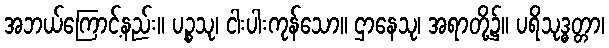
အဘယ်ကြောင့်နည်း။ ပဉ္စသု၊ ငါးပါးကုန်သော။ ဌာနေသု၊ အရာတို့၌။ ပရိသုဒ္ဓတ္တာ၊